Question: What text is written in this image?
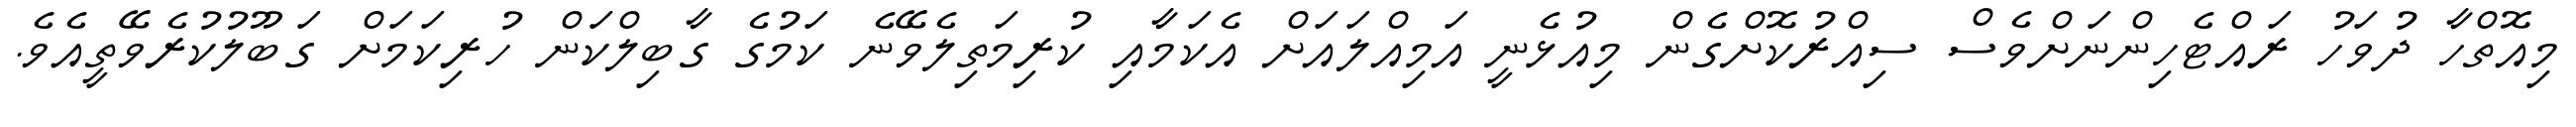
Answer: މިއޮތްހާ ދުވަހު ރައްޓެހިންނަށްވެސް ސިއްރުކޮށްގެން މިއުޅެނީ އަމިއްލައަށް އެކަމާއި ކުރިމަތިލެވޭނެ ކަމުގެ ގާބިލްކަން ހުރިކަމަށް ގަބޫލުކުރެވޭތީއެވެ.